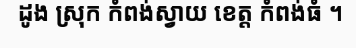
ដូង ស្រុក កំពង់ស្វាយ ខេត្ត កំពង់ធំ ។